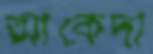
আকেদা